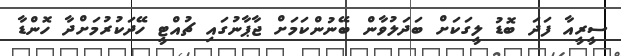
ސީރީއާ ފަދަ ބޮޑު ލީގަކަށް ބަދަލުވާން ބޭނުންކަމަށް ޖާޕާނުގައި ޗުއްޓީ ހޭދަކުރުމަށްދާ ހޮންޑާ